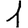
Digit: 1